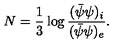
N = \frac { 1 } { 3 } \log \frac { ( \bar { \psi } { \psi } ) _ { i } } { ( \bar { \psi } { \psi } ) _ { e } } .